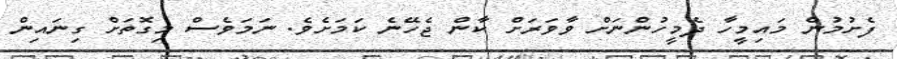
ފެށުމުން މައިމީހާ ދެމީހުންނަށް ވާވަރަށް ކާން ޖެހޭނެ ކަމަށެވެ. ނަމަވެސް މިގޮތަށް ގިނައިން